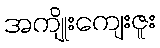
အကျိုးကျေးဇူး